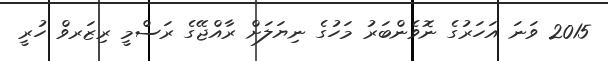
2015 ވަނަ އަހަރުގެ ނޮވެންބަރު މަހުގެ ނިޔަލަށް ރާއްޖޭގެ ރަސްމީ ރިޒަރވް ހުރީ